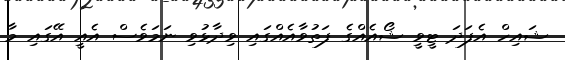
ޝައިހް އެފަދަ ޓީވީ ޝޯއެއްގެ ފަތުވާއެއްގައި ވިދާޅުވި ނަމަވެސް އެއީ އޭގައި މާ